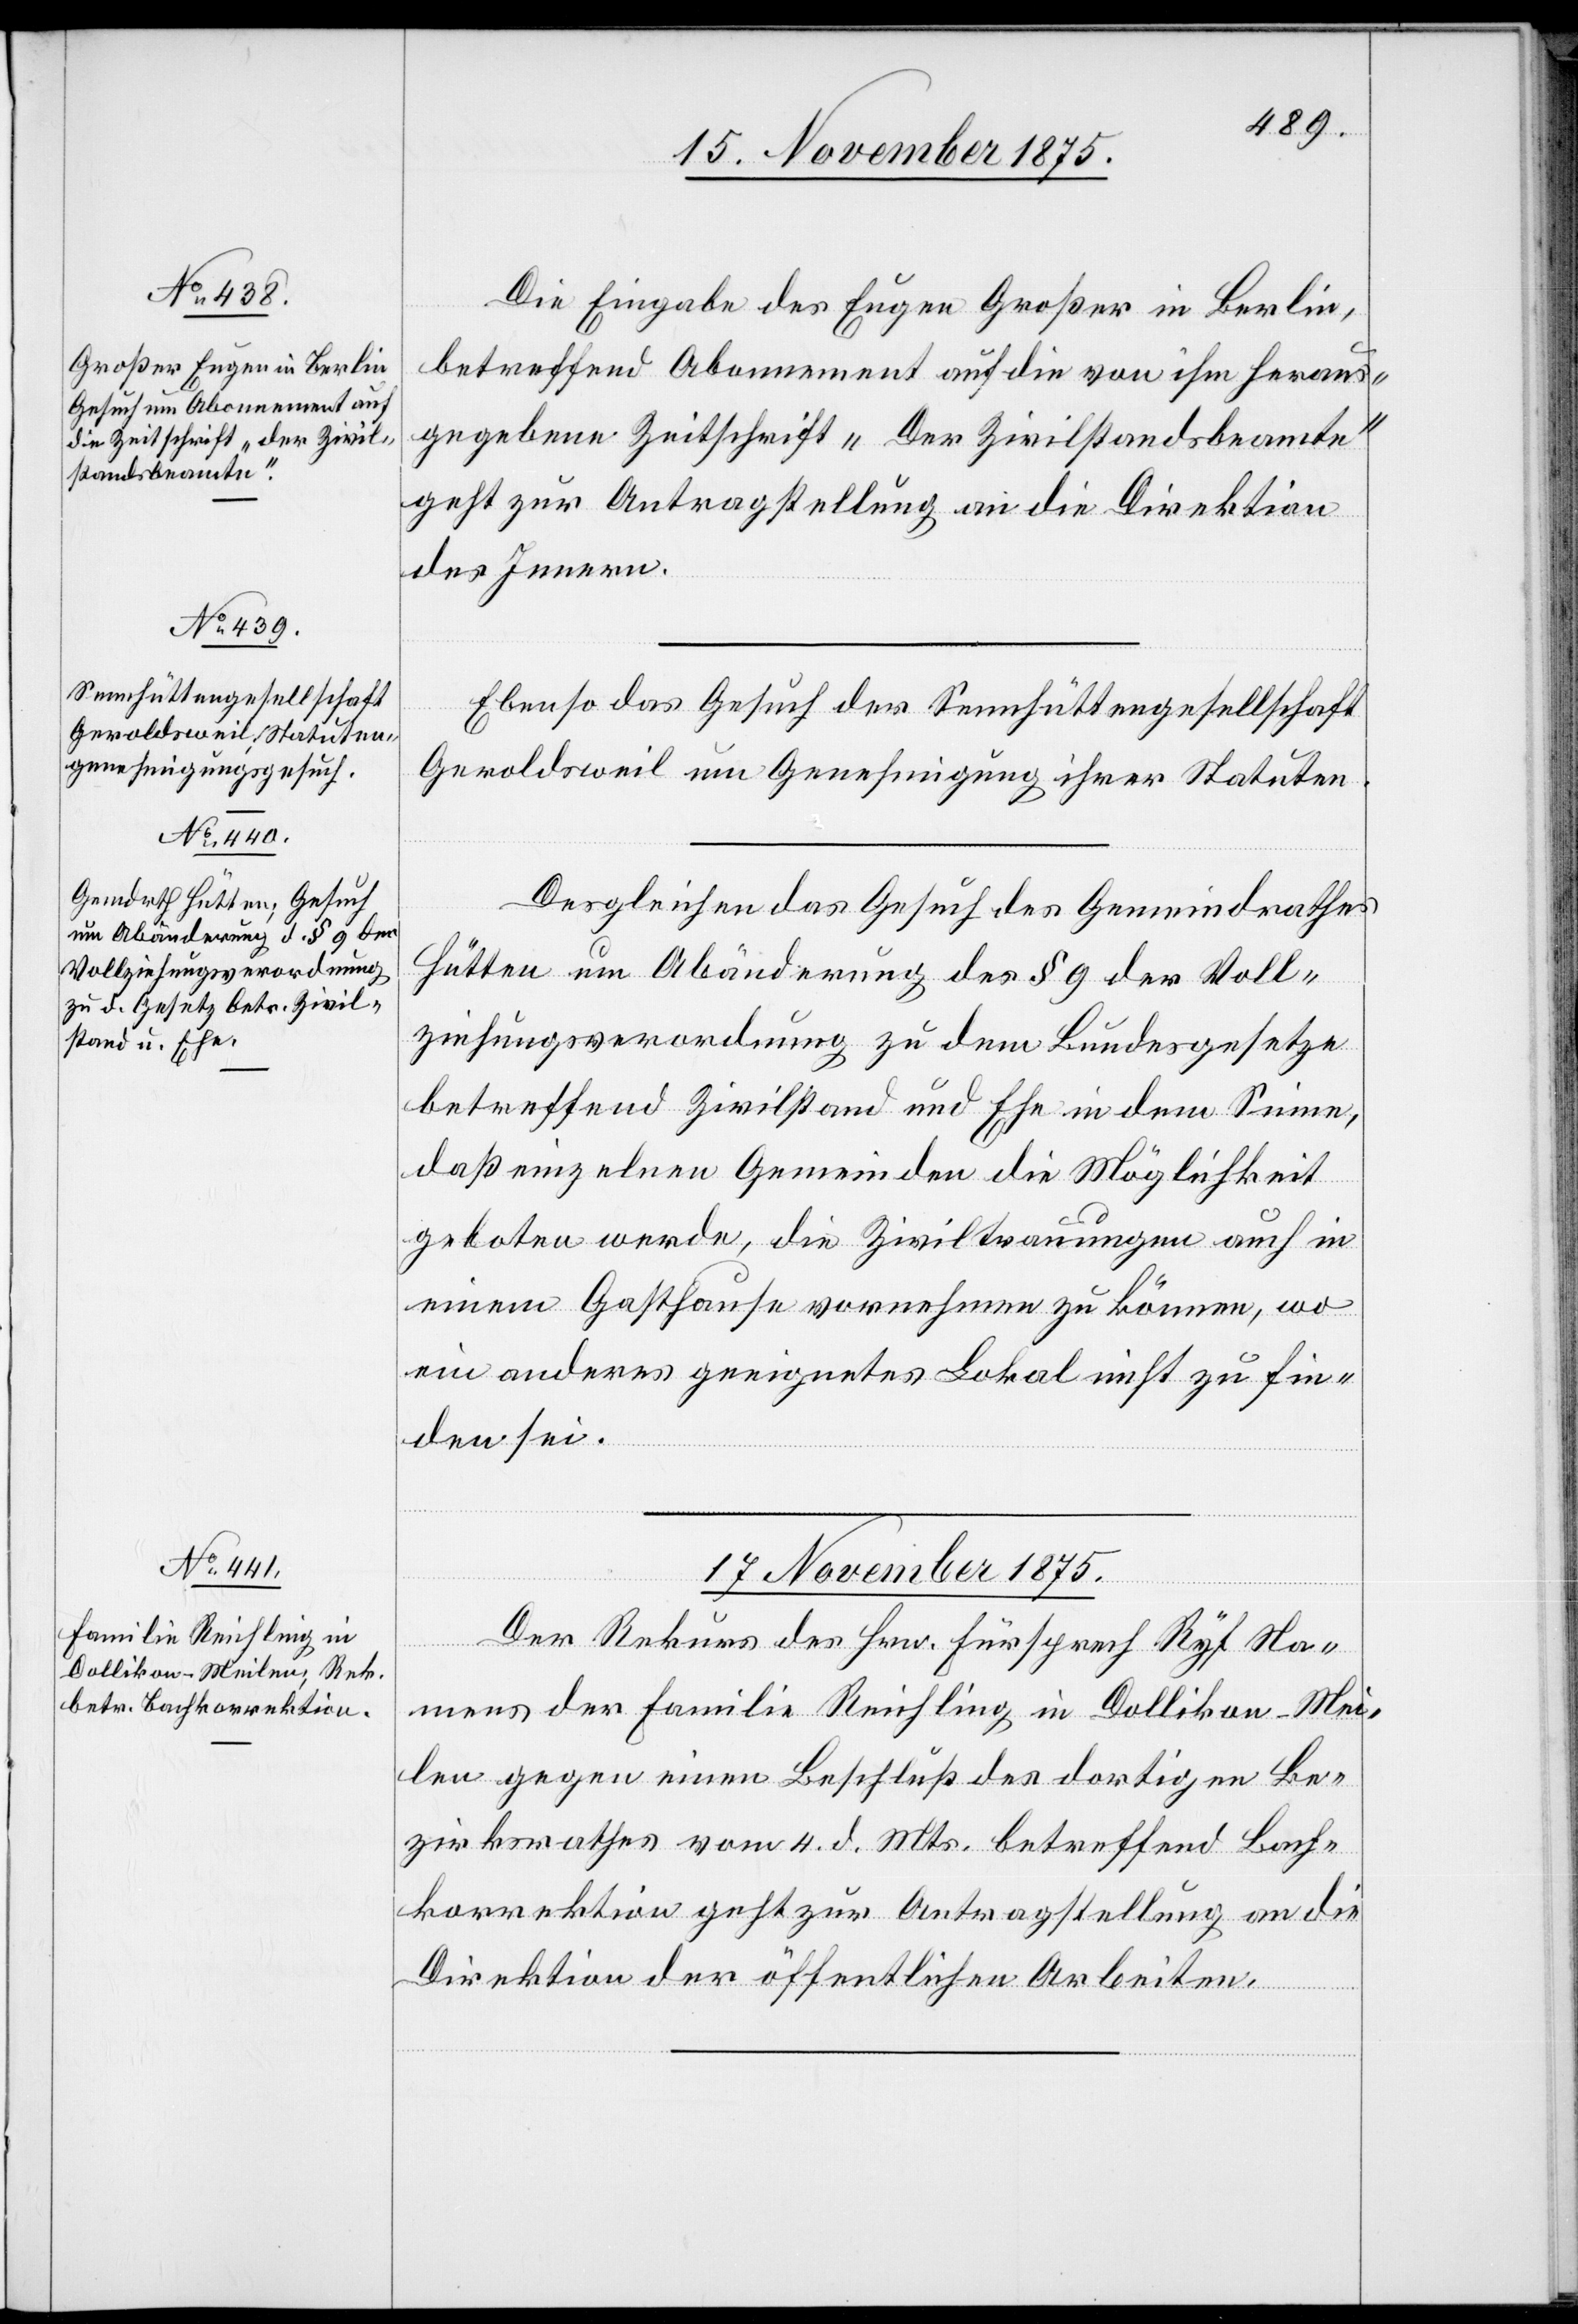
Die Eingabe des Eugen Großer in Berlin,
betreffend Abonnement auf die von ihm heraus¬
gegebene Zeitschrift „Der Zivilstandsbeamte“
geht zur Antragstellung an die Direktion
des Innern.
Ebenso das Gesuch der Sennhüttengesellschaft
Geroldsweil um Genehmigung ihrer Statuten.
Desgleichen das Gesuch des Gemeindrathes
Hütten um Abänderung des § 9 der Voll¬
ziehungsverordnung zu dem Bundesgesetze
betreffend Zivilstand und Ehe in dem Sinne,
daß einzelnen Gemeinden die Möglichkeit
geboten werde, die Ziviltrauungen auch in
einem Gasthause vornehmen zu können, wo
ein anderes geeignetes Lokal nicht zu fin¬
den sei.
erfügungen.]
17. November 1875.
Der Rekurs des Hrn. Fürsprech Ryf Na¬
mens der Familie Reichling in Dollikon - Mei¬
len gegen einen Beschluß des dortigen Be¬
zirksrathes vom 4. d. Mts. betreffend Bach¬
korrektion geht zur Antragstellung an die
Direktion der öffentlichen Arbeiten.